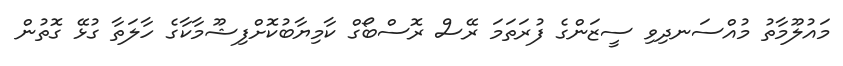
މައުލޫމާތު މުއްސަނދިވި ސީޒަންގެ ފުރަތަމަ ރޭސް ރޮސްބޯގް ކާމިޔާބުކޮށްފިޝޫމާކާގެ ހާލަތާ ގުޅޭ ގޮތުން